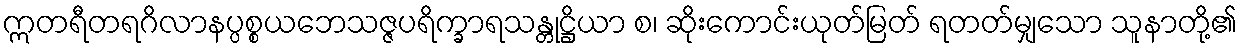
ဣတရီတရဂိလာနပ္ပစ္စယဘေသဇ္ဇပရိက္ခာရသန္တုဋ္ဌိယာ စ၊ ဆိုးကောင်းယုတ်မြတ် ရတတ်မျှသော သူနာတို့၏